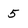
Character: 5